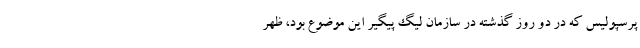
پرسپولیس که در دو روز گذشته در سازمان لیگ پیگیر این موضوع بود، ظهر